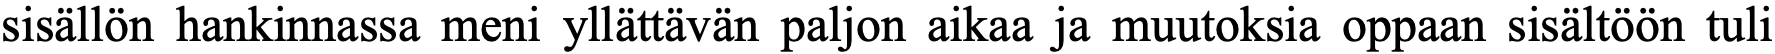
sisällön hankinnassa meni yllättävän paljon aikaa ja muutoksia oppaan sisältöön tuli